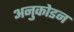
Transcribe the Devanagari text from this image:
अनुकोडन